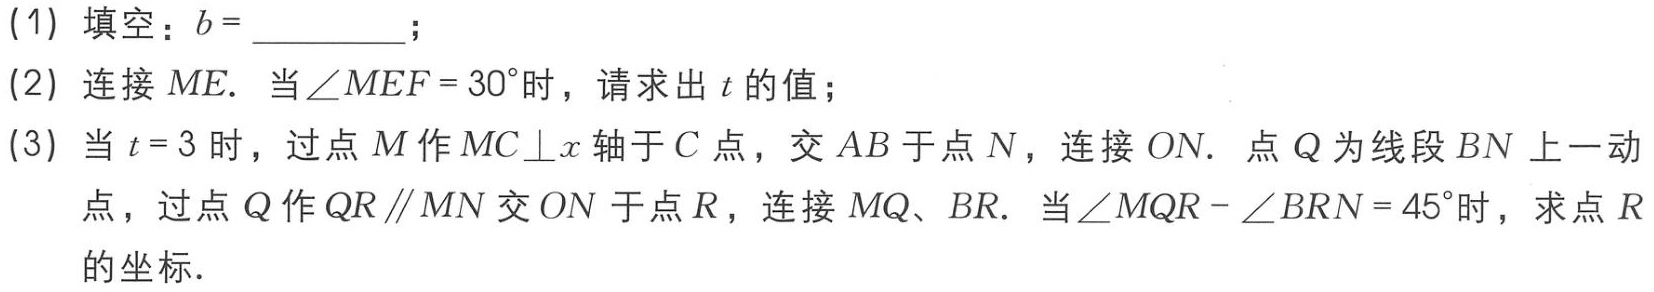
(1) 填空：\(b = \_\_\_\_\_\)；

(2) 连接 \(ME\). 当\(\angle MEF = 30^{\circ}\)时，请求出 \(t\)的值；

(3) 当 \(t = 3\)时，过点 \(M\)作 \(MC\perp x\)轴于 \(C\)点，交 \(AB\)于点 \(N\)，连接 \(ON\). 点 \(Q\)为线段 \(BN\)上一动点，过点 \(Q\)作 \(QR\parallel MN\)交 \(ON\)于点 \(R\)，连接 \(MQ\)、\(BR\). 当\(\angle MQR - \angle BRN = 45^{\circ}\)时，求点 \(R\)的坐标.